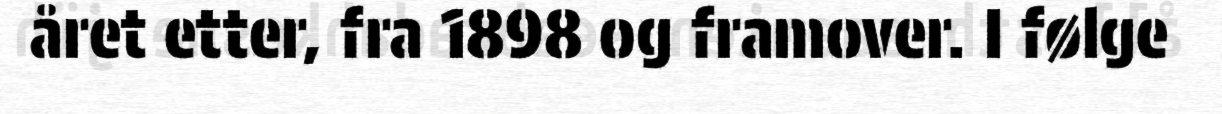
året etter, fra 1898 og framover. I følge